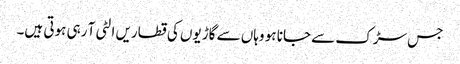
جس سڑک سے جانا ہو وہاں سے گاڑیوں کی قطاریں الٹی آ رہی ہوتی ہیں۔